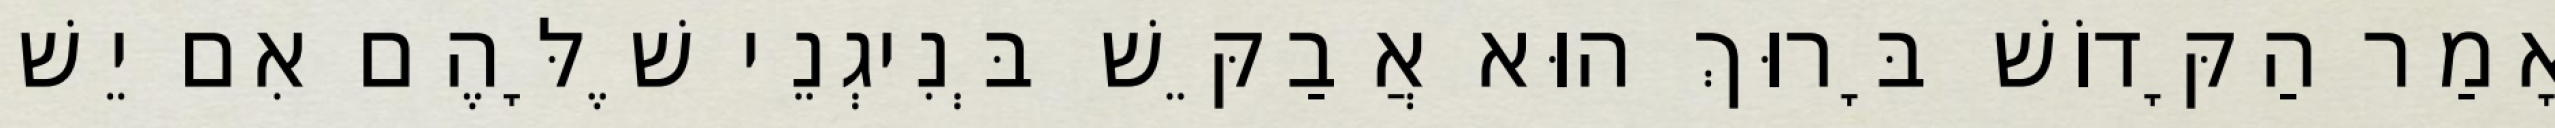
אָמַר הַקָּדוֹשׁ בָּרוּךְ הוּא אֲבַקֵּשׁ בְּנִיגְנֵי שֶׁלָּהֶם אִם יֵשׁ